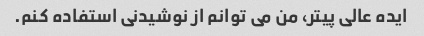
ایده عالی پیتر، من می توانم از نوشیدنی استفاده کنم.